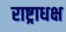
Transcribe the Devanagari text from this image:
राष्ट्राधक्ष